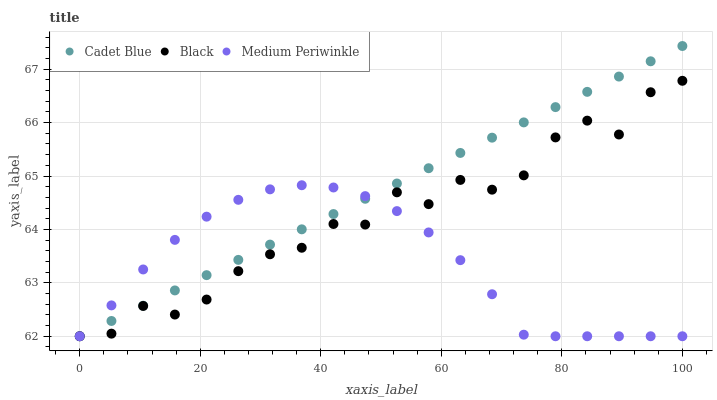
| xaxis_label | Cadet Blue | Black | Medium Periwinkle |
 | --- | --- | --- | --- |
 | 0 | 62 | 62 | 62 |
 | 5.26 | 62.3 | 62 | 62.6 |
 | 10.5 | 62.6 | 62.6 | 63.3 |
 | 15.8 | 62.9 | 62.4 | 63.8 |
 | 21.1 | 63.1 | 62.7 | 64.2 |
 | 26.3 | 63.4 | 63.2 | 64.6 |
 | 31.6 | 63.7 | 63.5 | 64.8 |
 | 36.8 | 64 | 63.7 | 64.8 |
 | 42.1 | 64.3 | 64.1 | 64.8 |
 | 47.4 | 64.6 | 64.1 | 64.6 |
 | 52.6 | 64.9 | 64.7 | 64.3 |
 | 57.9 | 65.1 | 64.5 | 63.9 |
 | 63.2 | 65.4 | 64.9 | 63.4 |
 | 68.4 | 65.7 | 64.7 | 62.8 |
 | 73.7 | 66 | 65 | 62 |
 | 78.9 | 66.3 | 65.7 | 62 |
 | 84.2 | 66.6 | 66 | 62 |
 | 89.5 | 66.9 | 65.8 | 62 |
 | 94.7 | 67.1 | 66.6 | 62 |
 | 100 | 67.4 | 66.8 | 62 |